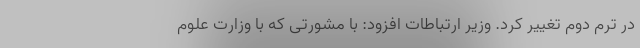
در ترم دوم تغییر کرد. وزیر ارتباطات افزود: با مشورتی که با وزارت علوم